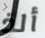
ألذ